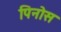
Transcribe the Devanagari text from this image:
पिनोस